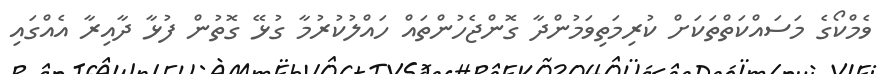
ވެމްކޯގެ މަސައްކަތްތަކަށް ކުރިމަތިވަމުންދާ ގޮންޖެހުންތައް ހައްލުކުރުމާ ގުޅޭ ގޮތުން ފުޅާ ދާއިރާ އެއްގައި